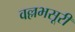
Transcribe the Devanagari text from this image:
वल्लभसूरी